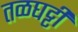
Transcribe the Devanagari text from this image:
तळघट्टी